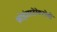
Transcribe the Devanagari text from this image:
थ्रंबोइंडारटेरेक्टोमी